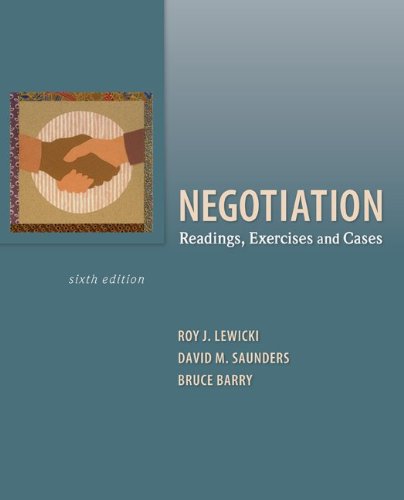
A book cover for Negotiation: Readings, Exercises, and Cases; Roy Lewicki; Business & Money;